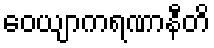
ဝေယျာကရဏာနီတိ